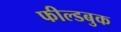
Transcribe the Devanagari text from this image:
फील्डबुक